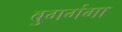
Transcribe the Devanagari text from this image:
बुगगंगा